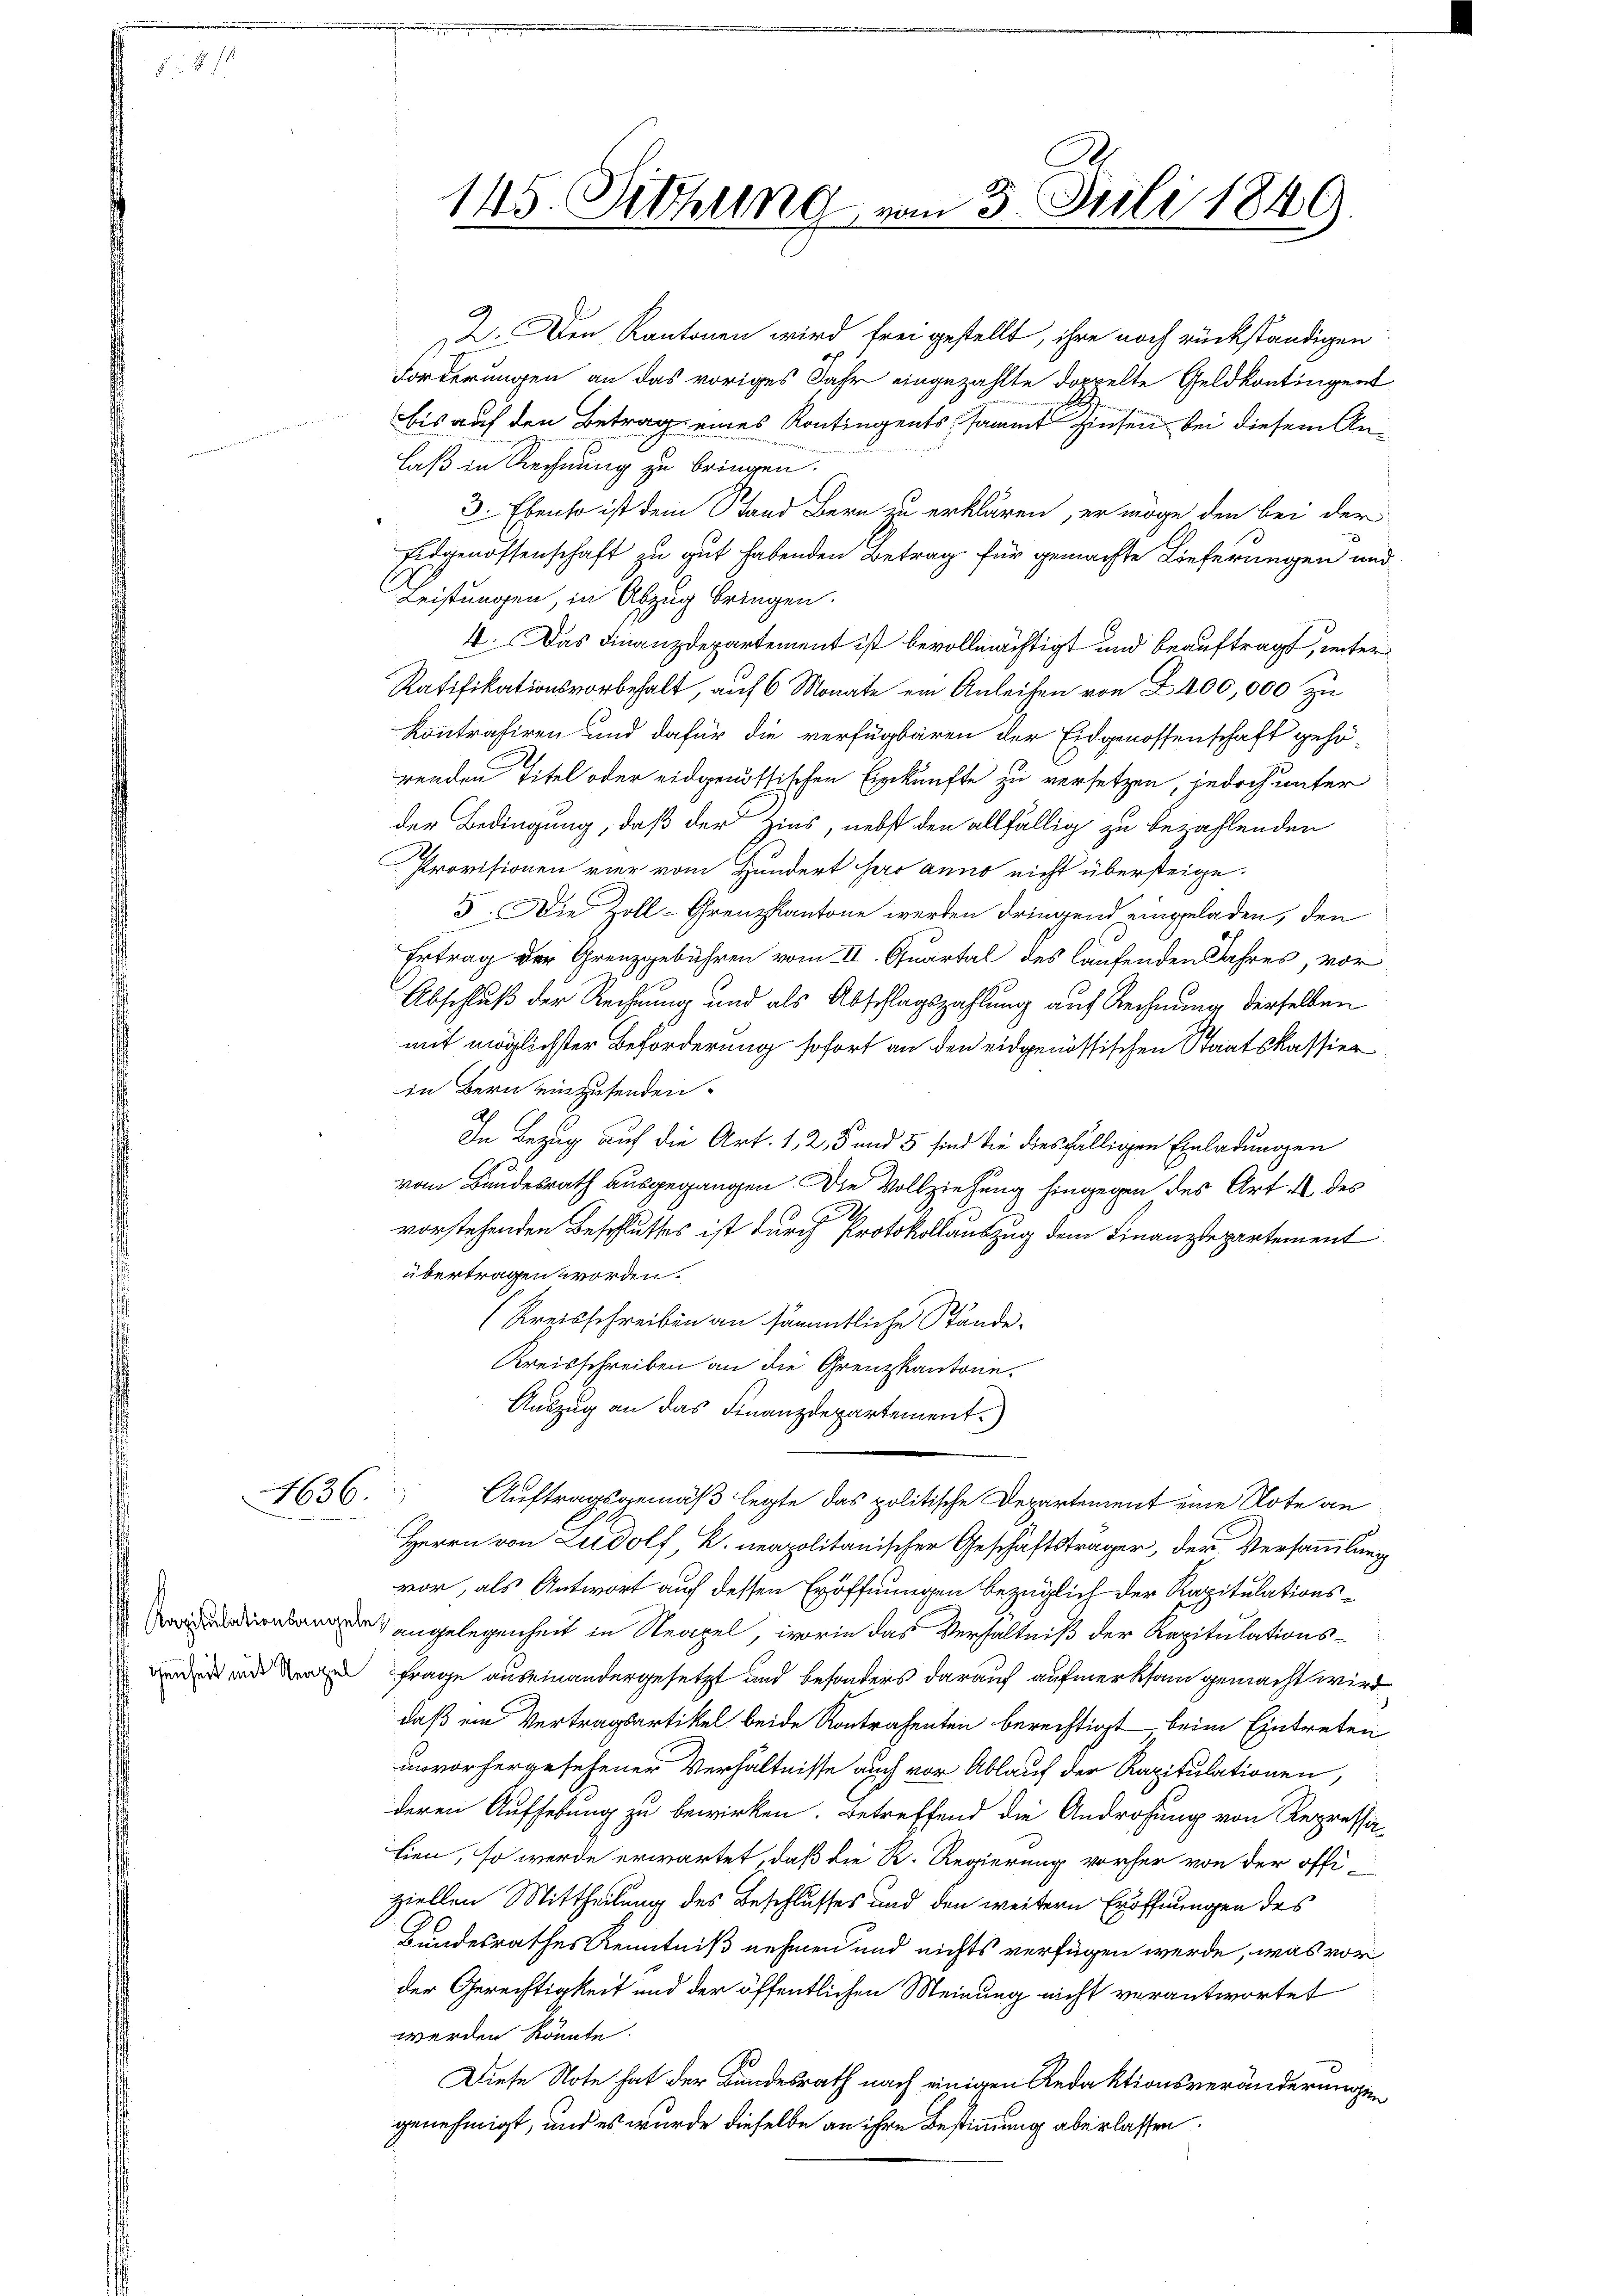
1636

145. Sitzung vom 3. Juli 1849.

2. Den Kantonen wird frei gestellt, ihre noch rückständigen:
Forderungen an das voriges Jahr eingezählte doppelte Geldkontingent
bis auf den Betrag eines Kontingents sammt siesen, bei diesem Anlaß in Rechnung zu bringen.
3. Ebenso ist dem Stand Bern zu erklären, er möge den bei der
Eidgenossenschaft zu gut habenden Betrag für gemachte Lieferungen und
Leistungen, in Abzug bringen.
4. Das Finanzdepartement ist bevollmächtigt und beauftragt, unter
Ratifikationsvorbehalt, auf 6 Monate ein Anleihen von 2400,000 zu
Kontrahiren und dafür die verfügbaren der Eidgenossenschaft gehörenden Titel oder eidgenössischen Einkünfte zu versetzen, jedoch unter
der Bedingung, daß der Zins, nebst den allfällig zu bezahlenden
Provisionen vier vom Hundert sero anno nicht übersteige.
3. Die Zoll-Grenzkantone werden dringend eingeladen, den
Ertrag der Grenzgebühren vom II. Quartal des laufenden Jahres, vor
Abschluß der Rechnung und als Abschlagszahlung auf Rechnung derselben
mit möglichster Beförderung sofort an den eidgenössischen Staatskassier
in Bern einzusenden.
In Bezug auf die Art. 1, 2, 5 und 5 sind die diesfälligen Einladungen
vom Bundesrath ausgegangen. Die Vollziehung hingegen des Art. 4 des
vorstehenden Beschlusses ist durch Protokollauszug dem Finanzdepartement
übertragen worden.
(Kreisschreiben an sämmtliche Stände.
Kreisschreiben an die Grenzkantone.
Auszug an das Finanzdepartement.
Auftragsgemäß legte das politische Departement eine Note an
Herrn von Ludolf, K. neapolitanischer Geschäftsträger, der Versammlung
vor, als Antwort auch dessen Eröffnungen bezüglich der Kapitulationsde angelegenheit in Neapel, worin das Verhältniß der Kapitulationsvnde und der Frage auseinandergesetzt und besonders darauf aufmerksam gemacht wird
daß ein Vertragsartikel beide Kontrahenten berechtigt beim Eintreten
unvorhergesehener Verhältnisse auch vor Ablauf der Kapitulationen,
deren Aufhebung zu bewirken. Betreffend die Androhung von Repressalien, so werde erwartet, daß die R. Regierung vorher von der offiziellen Mittheilung des Beschlusses und den weitern Eröffnungen des
Bundesrathes Kenntniß nehmen und nichts verfügen werde, was vor
der Gerechtigkeit und der öffentlichen Meinung nicht verantwortet
werden könnte.
Diese Note hat der Bundesrath nach einigen Redaktionsveränderungen
genehmigt, und es wurde dieselbe an ihre Bestimmung aberlassen.